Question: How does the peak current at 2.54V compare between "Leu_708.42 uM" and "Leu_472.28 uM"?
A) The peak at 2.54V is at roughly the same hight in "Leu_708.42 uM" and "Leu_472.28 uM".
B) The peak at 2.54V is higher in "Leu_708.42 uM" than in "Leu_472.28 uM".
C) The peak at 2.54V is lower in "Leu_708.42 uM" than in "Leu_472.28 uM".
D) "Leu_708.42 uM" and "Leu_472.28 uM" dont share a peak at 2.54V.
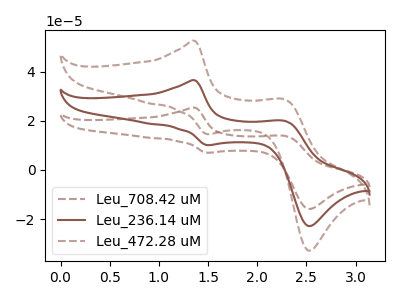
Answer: <think>The brown dashed curve "Leu_708.42 uM" has anodic peaks at (1.35V, 73.20uA) (2.30V, 40.00uA) and cathodic peaks at (1.50V, 20.25uA) (2.55V, -45.70uA). The brown curve "Leu_236.14 uM" has anodic peaks at (1.35V, 36.60uA) (2.30V, 20.00uA) and cathodic peaks at (1.50V, 10.15uA) (2.55V, -22.85uA). The brown dashed curve "Leu_472.28 uM" has anodic peaks at (1.35V, 52.65uA) (2.30V, 28.80uA) and cathodic peaks at (1.50V, 14.60uA) (2.55V, -32.85uA).</think>
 <answer>B) The peak at 2.54V is higher in "Leu_708.42 uM" than in "Leu_472.28 uM".</answer>
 <eval>B</eval>